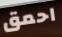
احمق